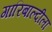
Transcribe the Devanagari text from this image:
गारिबाल्दीला